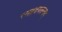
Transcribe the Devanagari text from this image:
रसहृदयतन्त्रम्